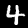
Label: 4